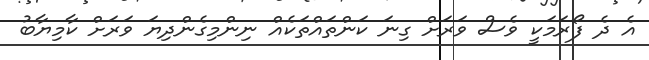
އެ ދެ ފޯރަމަކީ ވެސް ވަރަށް ގިނަ ކަންތައްތަކެއް ނިންމިގެންދިޔަ ވަރަށް ކާމިޔާބު